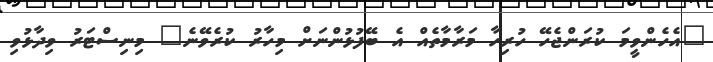
"އެހެންވީމަ ކުރަންޖެހޭ ހުރިހާ މަރާމާތެއް އެ ބޭފުޅުންނަށް މިހާރު ކުރެވޭނެ" މިނިސްޓަރު ވިދާޅުވި